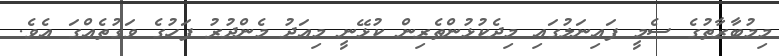
މިމުބާރާތުގެ ސެމީ ފައިނަލުގައި މިދެކުޅުންތެރިން ކުޅޭނީ މިއަދު މެންދުރު ފަހުގެ ވަގުތެއްގަ އެވެ.